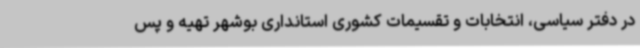
در دفتر سیاسی، انتخابات و تقسیمات کشوری استانداری بوشهر تهیه و پس